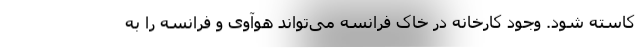
کاسته شود. وجود کارخانه در خاک فرانسه می‌تواند هوآوی و فرانسه را به